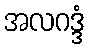
အလဂဒ္ဒံ